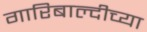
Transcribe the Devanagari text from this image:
गारिबाल्दीच्या